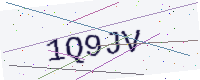
Text: 1Q9JV